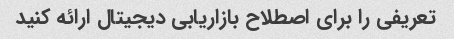
تعریفی را برای اصطلاح بازاریابی دیجیتال ارائه کنید